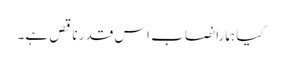
کیا ہمارا نصاب اس قدر ناقص ہے۔